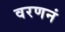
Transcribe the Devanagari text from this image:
वरणनं